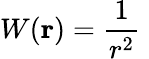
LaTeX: W({\mathbf r})=\frac{1}{r^{2}}\;